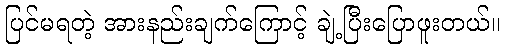
ပြင်မရတဲ့ အားနည်းချက်ကြောင့် ချဲ့ပြီးပြောဖူးတယ်။